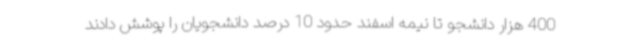
400 هزار دانشجو تا نیمه اسفند حدود 10 درصد دانشجویان را پوشش دادند